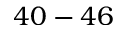
4 0 - 4 6